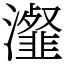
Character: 瀣